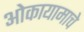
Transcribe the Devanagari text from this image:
ओकायामाचे